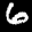
Label: 6